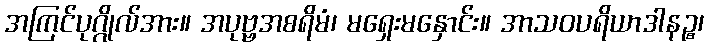
အကြင်ပုဂ္ဂိုလ်အား။ အပုဗ္ဗအစရိမံ၊ မရှေးမနှောင်း။ အာသဝပရိယာဒါနဉ္စ၊